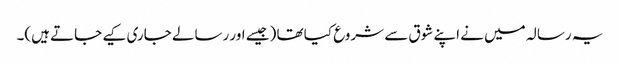
یہ رسالہ میں نے اپنے شوق سے شروع کیا تھا (جیسے اور رسالے جاری کیے جاتے ہیں)۔